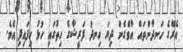
އެރޭގެ ހަނދާންތައް އާވެގެން ދިޔަ ހިނދު ފަރީޝާގެ ހިތުގައި ހުޅު ހިފައިފި އެވެ.